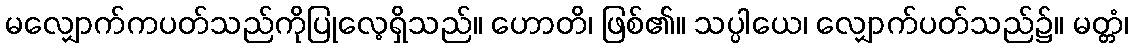
မလျှောက်ကပတ်သည်ကိုပြုလေ့ရှိသည်။ ဟောတိ၊ ဖြစ်၏။ သပ္ပါယေ၊ လျှောက်ပတ်သည်၌။ မတ္တံ၊